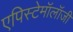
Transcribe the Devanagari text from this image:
एपिस्टेमॉलॉजी